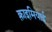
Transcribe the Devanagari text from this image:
क़्राइमियाई